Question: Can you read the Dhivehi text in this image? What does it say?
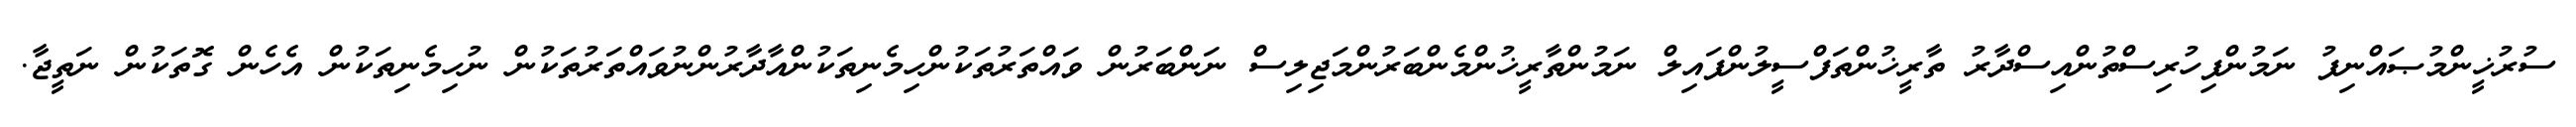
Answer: ސުރުޚީންމުޞައްނިފު ނަމުންފިހުރިސްތުންއިސްދާރު ތާރީޚުންތަފްސީލުންފައިލް ނަމުންތާރީޚުންމެންބަރުންމަޖިލިސް ނަންބަރުން ވައްތަރުތަކުންހިމެނިތަކުންއާދާރުންނުވައްތަރުތަކުން ނުހިމެނިތަކުން އެހެން ގޮތަކުން ނަތީޖާ.